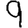
Digit: 9